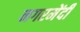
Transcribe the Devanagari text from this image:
नगरमेंदी